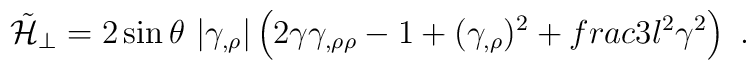
\tilde{{\cal H}}_\perp= 2\sin\theta\   |\gamma_{,\rho}|  \left(2\gamma\gamma_{,\rho\rho} - 1 + (\gamma_{ ,\rho})^2 + \\frac{3}{l^2}\gamma^2\right)  \ .